Vaccination in Bombay 1869-1873 - 1869-1873
Year: 1869
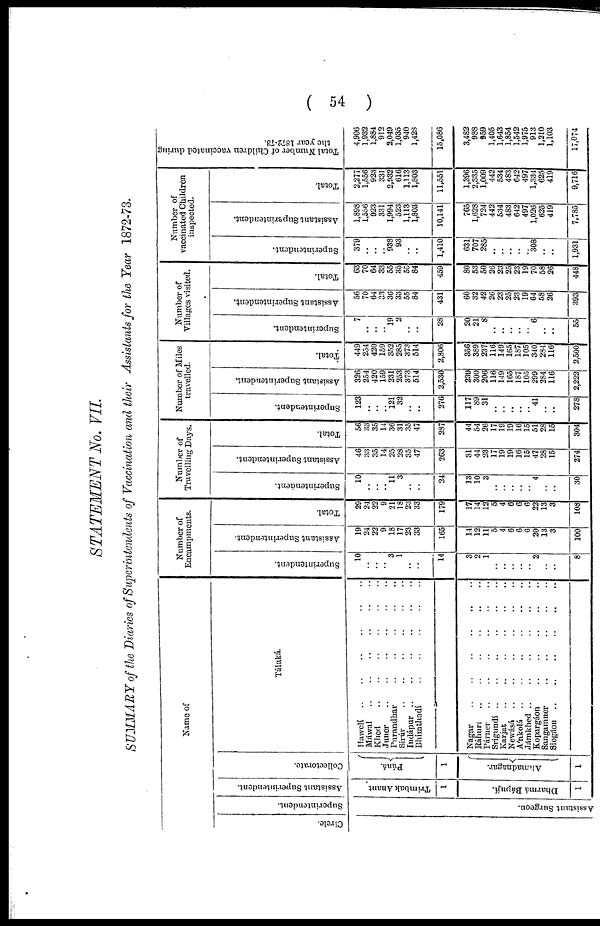
( 54 )
STATEMENT No. VII.
SUMMARY of the Diaries of Superintendents of Vaccination and their Assistants for the Year 1872-73.
Name of
Circle.
Superintendent.
Assistant Surgeon.
Assistant Superintendent.
Trimbak Anant.
1
Dharma Bápují.
1
Collectorate.
Púná.
1
Ahmadnagar.
1
Táluká.
Hawelí .. .. .. .. .. ..
Máwal .. .. .. .. .. ..
Khed .. .. .. .. ..
Juner .. .. .. .. ..
Purandhar
..
..
..
..
Sirúr
..
..
..
..
..
Indápur .. .. .. .. ..
Bhimthadí
..
..
..
..
Nagar .. .. .. .. ..
Ráhuri .. .. .. .. ..
Párner
..
..
..
..
Srigundí
..
..
..
..
..
Karjat .. .. .. ..
Newásá .. .. .. ..
Ánkolá .. .. .. ..
Jámkhed
..
..
..
..
..
Kopargáon .. .. ..
Sangamner
..
..
..
Siogáon
..
..
..
..
Number of
Encampments.
Superintendent.
10
..
..
.. 3
1
..
..
14
3
2
1
..
..
..
..
.. 2
..
..
8
Assistant Superintendent.
19
24
22
9
18
17
23
33
165
14
12
11
5
4
6
6
6
20
13
3
100
Total.
29
24
22
9
21
18
23
33
179
17
14
12
5
4
6
6
6
22
13
3
108
Number of
Travelling Days.
Superintendent.
10
..
..
.. 11
3
..
..
24
13
10
3
..
..
..
..
.. 4
..
..
30
Assistant Superintendent.
46
33 35
14
25
28
35
47
263
31
44
23
17
19
19
16
15
47
28
15
274
Total.
56
33
35
14
36
31
35
47
287
44
54
26
17
19
19
16
15
51
28
15
304
Number of Miles
travelled.
Superintendent.
123
..
..
.. 121
32
..
..
276
117
89
31
..
..
..
..
.. 41
..
..
278
Assistant Superintendent.
326
254
420
159
231
253
373
514
2,530
239
300
206
116
149
165
187
105
299
284
116
2,222
Total.
449
254
420
159
352
285
373
514
2,806
356
389
237
116
149
165
187
105
340
284
116
2,500
Number of
Villages visited.
Superintendent.
7
..
..
.. 19
2
..
..
28
20
21
8
..
..
..
..
.. 6
..
..
55
Assistant Superintendent.
56
70
64
33
36
33
55
84
431
60
32
42
26
23
25
23
19
64
58
26
393
Total.
63
70
64
33
55
35
55
84
459
80
53
50
26
23
25
23
19
70
58
26
448
Number of
vaccinated Children
inspected.
Superintendent.
379
..
..
.. 938
93
..
..
1,410
631
707
285
..
..
..
..
.. 308
..
..
1,931
Assistant Superintendent.
1,898
1,556
923
331
1,994
523
1,113
1,803
10,141
765
1,628
724
442
534
483
642
497
1,026
625
419
7,785
Total.
2,277
1,556
923
331
2,932
616
1,113
1,803
11,551
1,396
2,335
1,009
442
534
483
642
497
1,334
625
419
9,716
Total Number of Children vaccinated during
the year 1872-73.
4,906
1,932
1,884
912
2,049
1,035
940
1,428
15,086
3,482
988
959
1,405
1,643
1,854
1,542
1,975
913
1,210
1,103
17,074